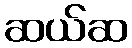
ဆယ်ဆ